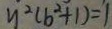
y ^ { 2 } ( b ^ { 2 } + 1 ) = 1